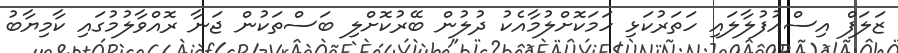
ޒަލަފް އިސްއުފުލާލައި ހަތަރުކަޅި ހަމަކޮށްލުމާއެކު ދުލުން ބޭރުކޮށްލި ބަސްތަކުން ޖަނާ ރޮއްވާލުމުގައި ކާމިޔާބު